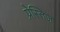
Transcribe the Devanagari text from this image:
प्रेस्तिज